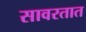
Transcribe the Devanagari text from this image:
सावरतात